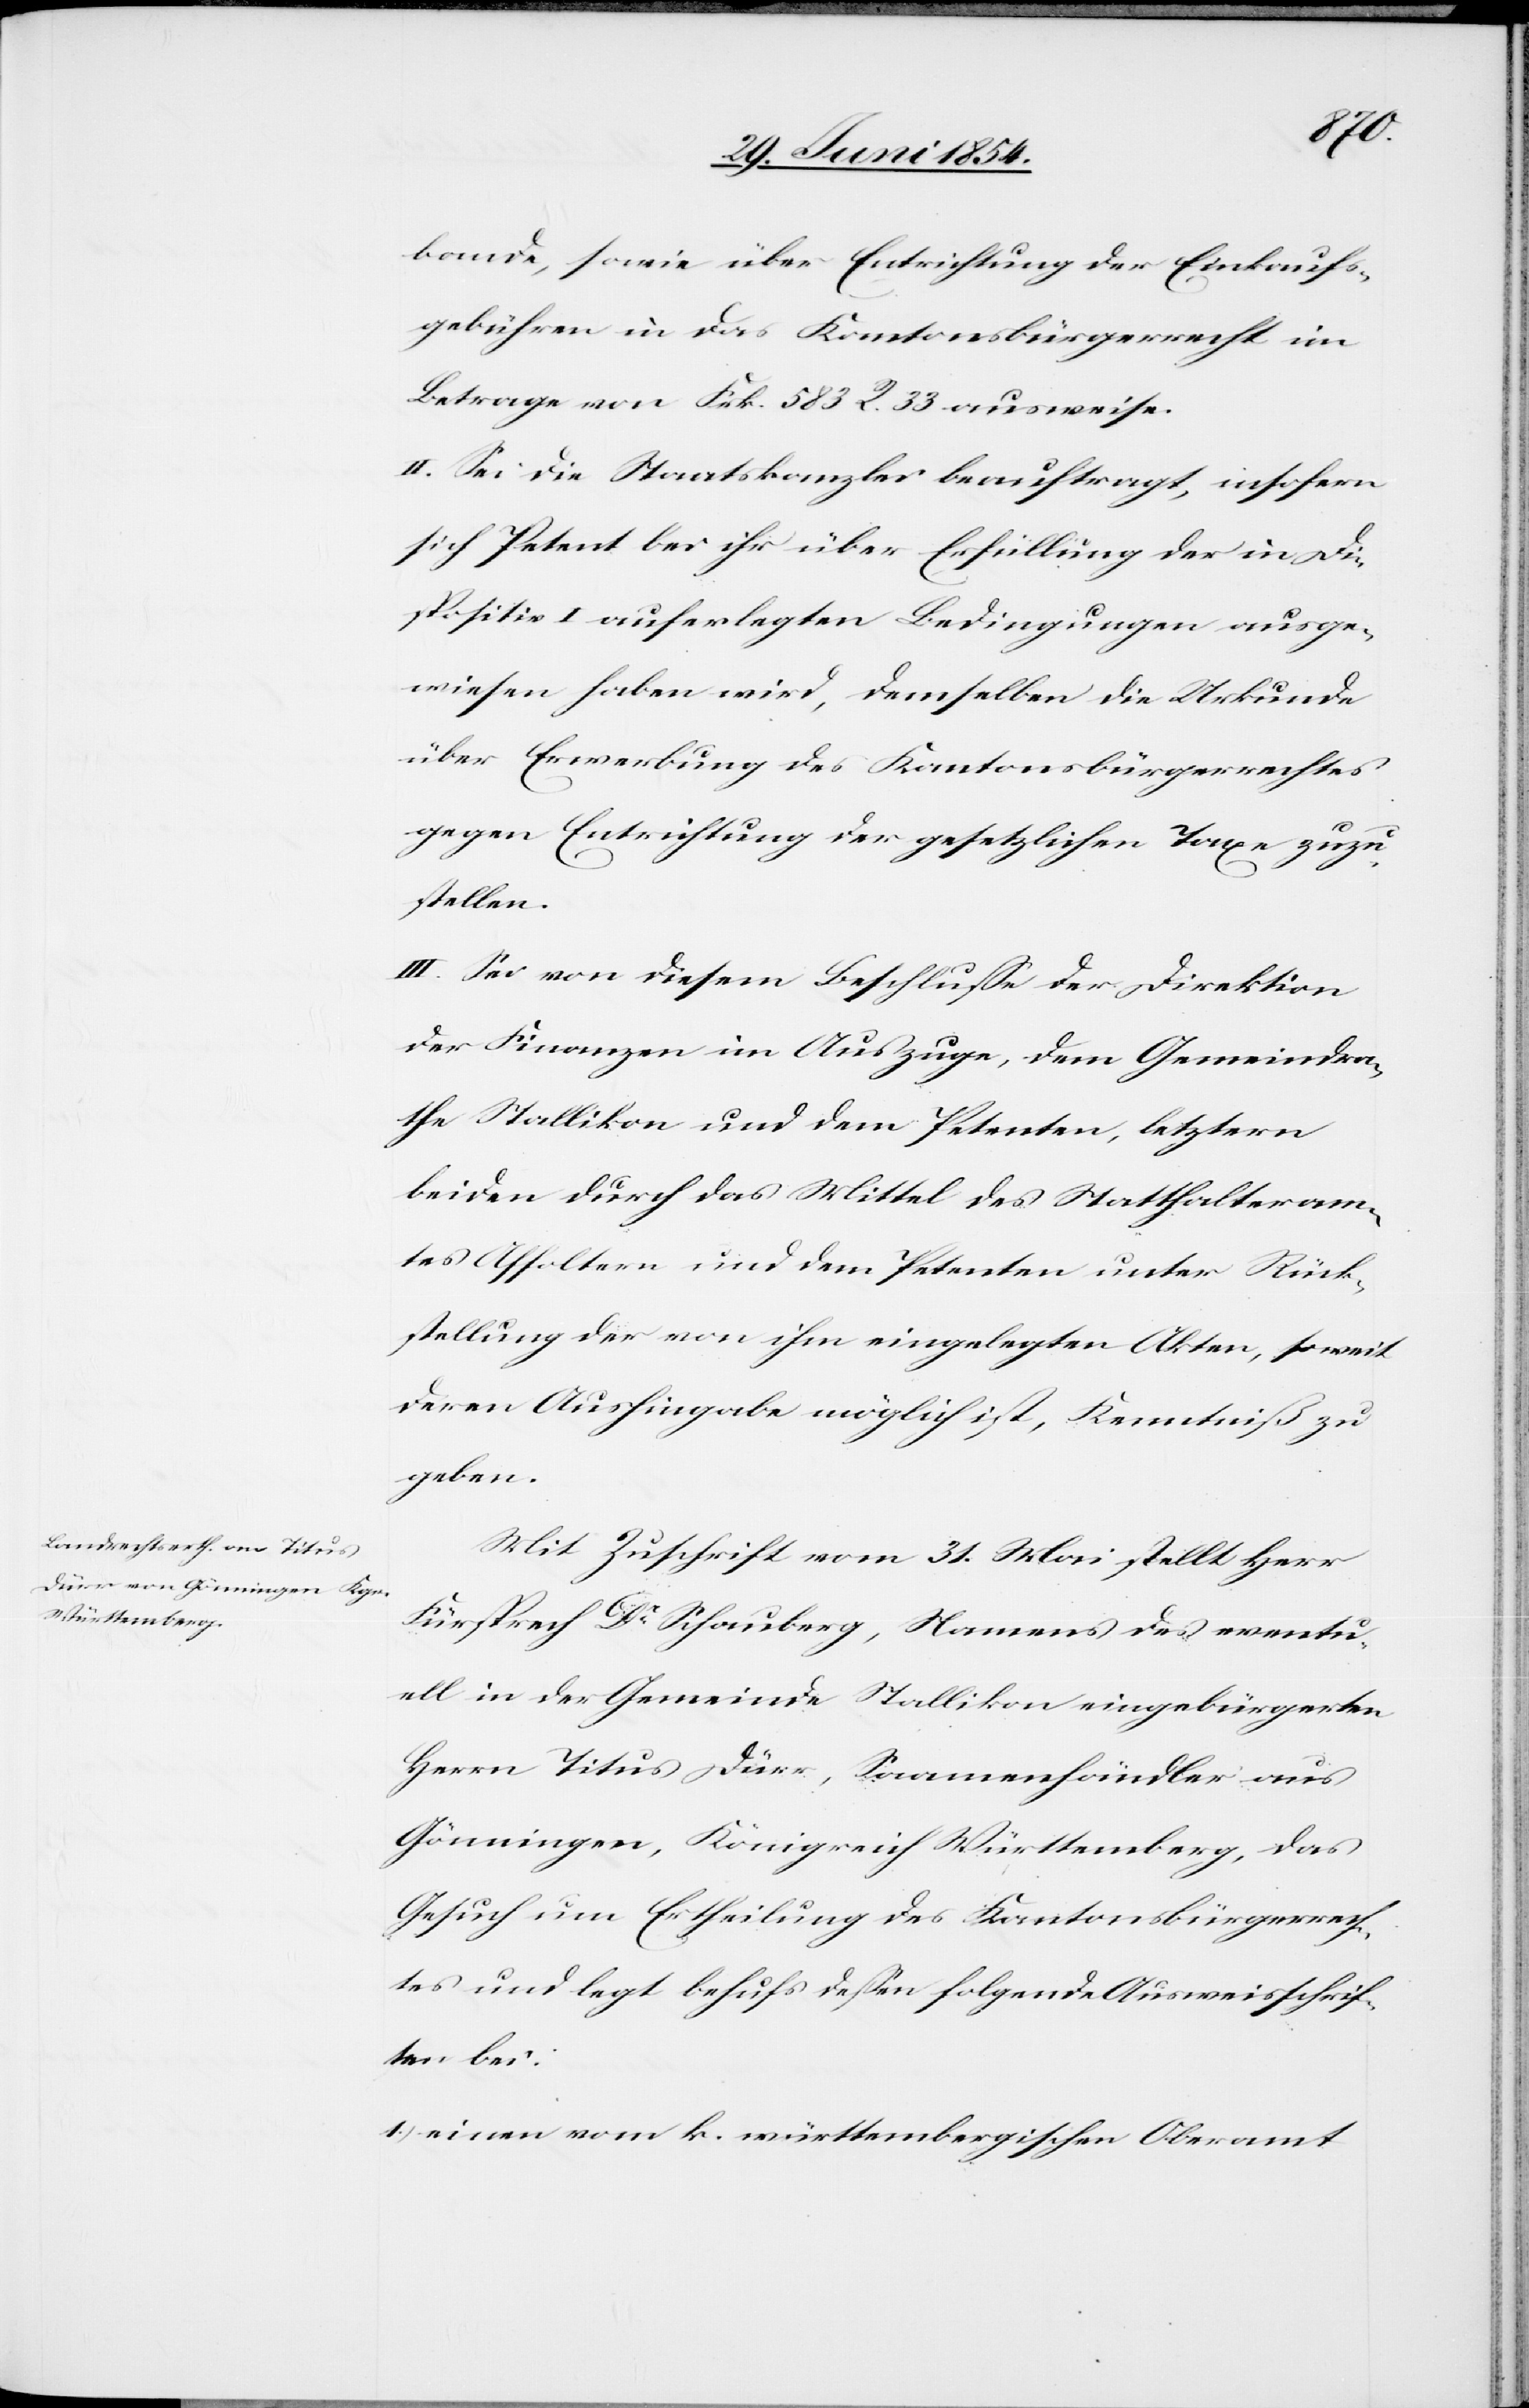
bande, sowie über Entrichtung der Einkaufs¬
gebühren in das Kantonsbürgerrecht im
Betrage von Frk. 583 R. 33 ausweise.
II. Sei die Staatskanzlei beauftragt, insofern
sich Petent bei ihr über Erfüllung der in Di¬
spositiv I auferlegten Bedingungen ausge¬
wiesen haben wird, demselben die Urkunde
über Erwerbung des Kantonsbürgerrechtes
gegen Entrichtung der gesetzlichen Taxe zuzu¬
stellen.
III. Sei von diesem Beschluße der Direktion
der Finanzen im Auszuge, dem Gemeindra¬
the Stallikon und dem Petenten, letztern
beiden durch das Mittel des Statthalteram¬
tes Affoltern und dem Petenten unter Rück¬
stellung der von ihm eingelegten Akten, soweit
deren Aushingabe möglich ist, Kenntniß zu
geben.
Mit Zuschrift vom 31. Mai stellt Herr
Fürsprech Dr Schauberg, Namens des eventu¬
ell in der Gemeinde Stallikon eingebürgerten
Herrn Titus Dürr, Saamenhändler aus
Gönningen, Königreich Württemberg, das
Gesuch um Ertheilung des Kantonsbürgerrech¬
tes und legt behufs deßen folgende Ausweisschrif¬
ten bei:
1.) einen vom k. württembergischen Oberamt